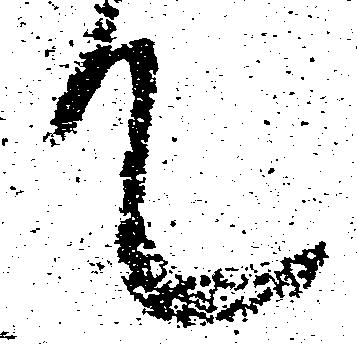
て